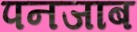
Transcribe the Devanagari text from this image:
पनजाब